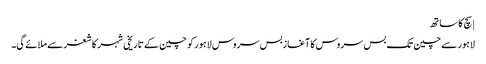
| سچ کا ساتھ
لاہور سے چین تک بس سروس کا آغازبس سروس لاہور کو چین کے تاریخی شہر کاشغر سے ملائے گی۔